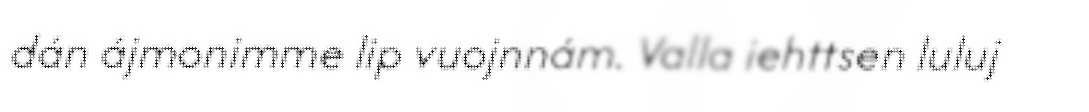
dán ájmonimme lip vuojnnám. Valla iehttsen luluj